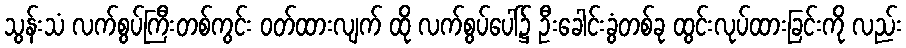
သွန်းသံ လက်စွပ်ကြီးတစ်ကွင်း ဝတ်ထားလျက် ထို လက်စွပ်ပေါ်၌ ဦးခေါင်းခွံတစ်ခု ထွင်းလုပ်ထားခြင်းကို လည်း